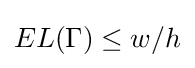
EL(\Gamma )\leq w/h